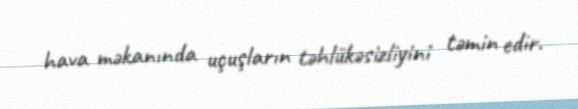
hava məkanında uçuşların təhlükəsizliyini təmin edir.